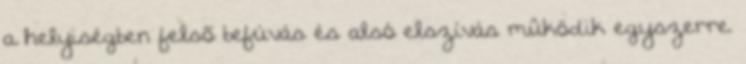
a helyiségben felsõ befúvás és alsó elszívás mûködik egyszerre.